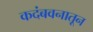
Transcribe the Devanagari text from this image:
कदंबवनातून